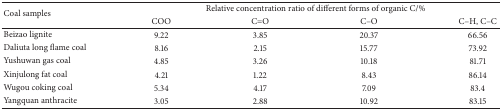
<table><thead><tr><td rowspan="2"><b>Coal samples</b></td><td colspan="4"><b>Relative concentration ratio of different forms of organic C/%</b></td></tr><tr><td><b>COO</b></td><td><b>C=O</b></td><td><b>C–O</b></td><td><b>C–H, C–C</b></td></tr></thead><tbody><tr><td>Beizao lignite</td><td>9.22</td><td>3.85</td><td>20.37</td><td>66.56</td></tr><tr><td>Daliuta long flame coal</td><td>8.16</td><td>2.15</td><td>15.77</td><td>73.92</td></tr><tr><td>Yushuwan gas coal</td><td>4.85</td><td>3.26</td><td>10.18</td><td>81.71</td></tr><tr><td>Xinjulong fat coal</td><td>4.21</td><td>1.22</td><td>8.43</td><td>86.14</td></tr><tr><td>Wugou coking coal</td><td>5.34</td><td>4.17</td><td>7.09</td><td>83.4</td></tr><tr><td>Yangquan anthracite</td><td>3.05</td><td>2.88</td><td>10.92</td><td>83.15</td></tr></tbody></table>